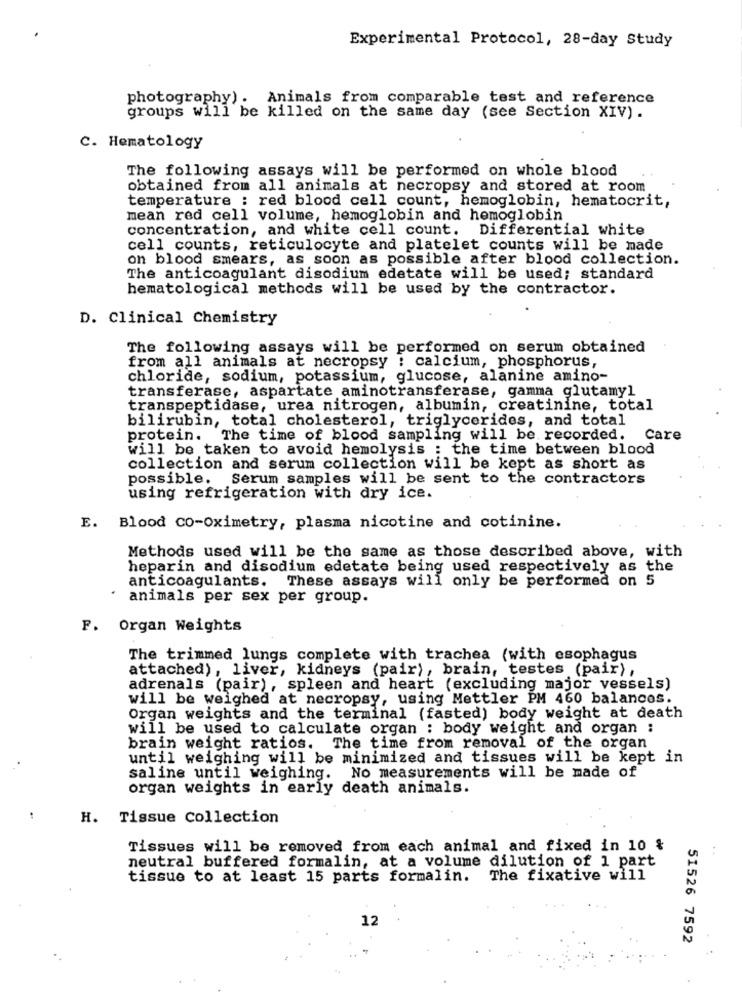
Experimental Protocol, 28-day Study
photography). Animals from comparable test and reference
groups will be killed on the same day (see Section XIV) .
C. Hematology
The following assays will be performed on whole blood
obtained from all animals at necropsy and stored at room
temperature : red blood cell count, hemoglobin, hematocrit,
mean red cell volume, hemoglobin and hemoglobin
concentration, and white cell count. Differential white
cell counts, reticulocyte and platelet counts will be made
on blood smears, as soon as possible after blood collection.
The anticoagulant disodium edetate will be used; standard
hematological methods will be used by the contractor.
D. Clinical Chemistry
The following assays will be performed on serum obtained
from all animals at necropsy : calcium, phosphorus,
chloride, sodium, potassium, glucose, alanine amino-
transferase, aspartate aminotransferase, gamma glutamyl
transpeptidase, urea nitrogen, albumin, creatinine, total
bilirubin, total cholesterol, triglycerides, and total
protein. The time of blood sampling will be recorded.
Care
will be taken to avoid hemolysis : the time between blood
collection and serum collection will be kept as short as
possible. Serum samples will be sent to the contractors
using refrigeration with dry ice.
E.
Blood CO-Oximetry, plasma nicotine and cotinine.
Methods used will be the same as those described above, with
heparin and disodium edetate being used respectively as the
anticoagulants. These assays will only be performed on 5
animals per sex per group.
F. Organ Weights
The trimmed lungs complete with trachea (with esophagus
attached), liver, kidneys (pair), brain, testes (pair),
adrenals (pair), spleen and heart (excluding major vessels)
will be weighed at necropsy, using Mettler PM 460 balances.
Organ weights and the terminal (fasted) body weight at death
will be used to calculate organ : body weight and organ :
brain weight ratios. The time from removal of the organ
until weighing will be minimized and tissues will be kept in
saline until weighing. No measurements will be made of
organ weights in early death animals.
H.
Tissue Collection
Tissues will be removed from each animal and fixed in 10 &
. .
neutral buffered formalin, at a volume dilution of 1 part
tissue to at least 15 parts formalin.
The fixative will
12
51526 7592